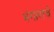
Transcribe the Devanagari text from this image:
भंगाराचे